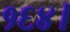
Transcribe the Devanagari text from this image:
१६४।